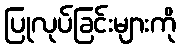
ပြုလုပ်ခြင်းများကို